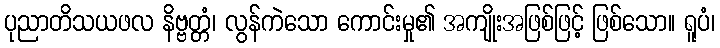
ပုညာတိသယဖလ နိဗ္ဗတ္တံ၊ လွန်ကဲသော ကောင်းမှု၏ အကျိုးအဖြစ်ဖြင့် ဖြစ်သော။ ရူပံ၊